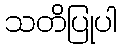
သတိပြုပါ